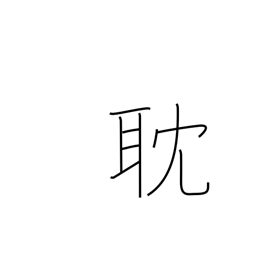
Meaning: absorbed in